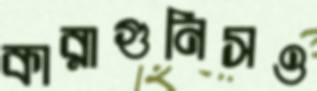
কারাগুনিসও